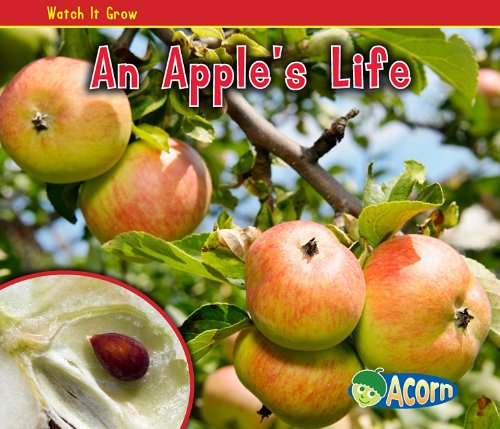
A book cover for An Apple's Life (Watch It Grow); Nancy Dickmann; Children's Books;